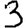
Digit: 3